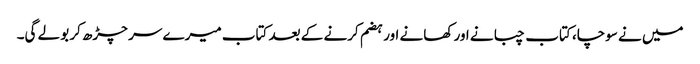
میں نے سوچا، کتاب چبانے اور کھانے اور ہضم کرنے کے بعد کتاب میرے سر چڑھ کر بولے گی۔